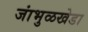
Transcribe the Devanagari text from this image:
जांभुळखेडा